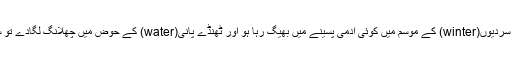
یا یوں سمجھ لیں کہ سردیوں(winter) کے موسم میں کوئی آدمی پسینے میں بھیگ رہا ہو اور ٹھنڈے پانی(water) کے حوض میں چھلانگ لگادے تو سرد گرم ہوجاتا ہے۔